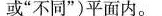
或“不同”)平面内。